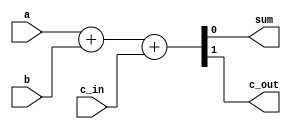
`timescale 1ns / 1ps
//////////////////////////////////////////////////////////////////////////////////
// Company: 
// Engineer: 
// 
// Design Name: 
// Module Name: fulladder
// Project Name: 
// Target Devices: 
// Tool Versions: 
// Description: 
// 
// Dependencies: 
// 
// Revision:
// Revision 0.01 - File Created
// Additional Comments:
// 
//////////////////////////////////////////////////////////////////////////////////


module fulladder(a,b,c_in,sum,c_out);
    input a, b, c_in;
    output sum, c_out;

    reg sum, c_out;
    always @ (a,b,c_in)
    begin
        {c_out,sum} = a + b + c_in;
    end    
endmodule